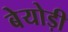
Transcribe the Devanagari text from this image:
बेयोड़ी